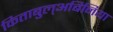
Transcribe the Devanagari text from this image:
किताबुल्अबिनिया